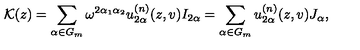
{ \cal K } ( z ) = \sum _ { \mathrm { \footnotesize \boldmath \alpha } \in G _ { m } } \omega ^ { 2 \alpha _ { 1 } \alpha _ { 2 } } u _ { 2 \mathrm { \footnotesize \boldmath \alpha } } ^ { ( n ) } ( z , v ) I _ { 2 \mathrm { \footnotesize \boldmath \alpha } } = \sum _ { \mathrm { \footnotesize \boldmath \alpha } \in G _ { m } } u _ { 2 \mathrm { \footnotesize \boldmath \alpha } } ^ { ( n ) } ( z , v ) J _ { \mathrm { \footnotesize \boldmath \alpha } } ,